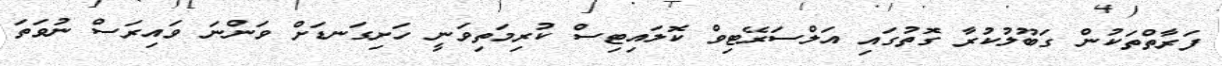
ފަރާތްތަކުން ގަބޫލުކުރާ ގޮތުގައި އަލްސަރޭޓިވް ކޮލައިޓިސް ކުރިމަތިވަނީ ހަށިގަނޑަށް ވަންނަ ވައިރަސް ނުވަތަ